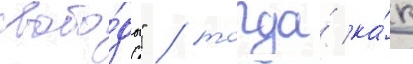
свобо́ды" / тогда́ ка́к